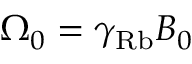
\Omega _ { 0 } = \gamma _ { \mathrm { R b } } B _ { 0 }